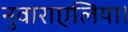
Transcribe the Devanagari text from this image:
नुवाराएलिया।